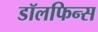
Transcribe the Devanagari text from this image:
डॉलफिन्स